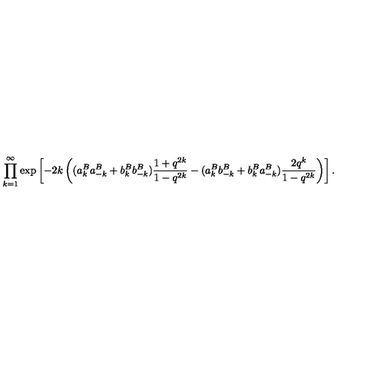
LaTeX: \prod _ { k = 1 } ^ { \infty } \exp \left[ - 2 k \left( ( a _ { k } ^ { B } a _ { - k } ^ { B } + b _ { k } ^ { B } b _ { - k } ^ { B } ) \frac { 1 + q ^ { 2 k } } { 1 - q ^ { 2 k } } - ( a _ { k } ^ { B } b _ { - k } ^ { B } + b _ { k } ^ { B } a _ { - k } ^ { B } ) \frac { 2 q ^ { k } } { 1 - q ^ { 2 k } } \right) \right] .